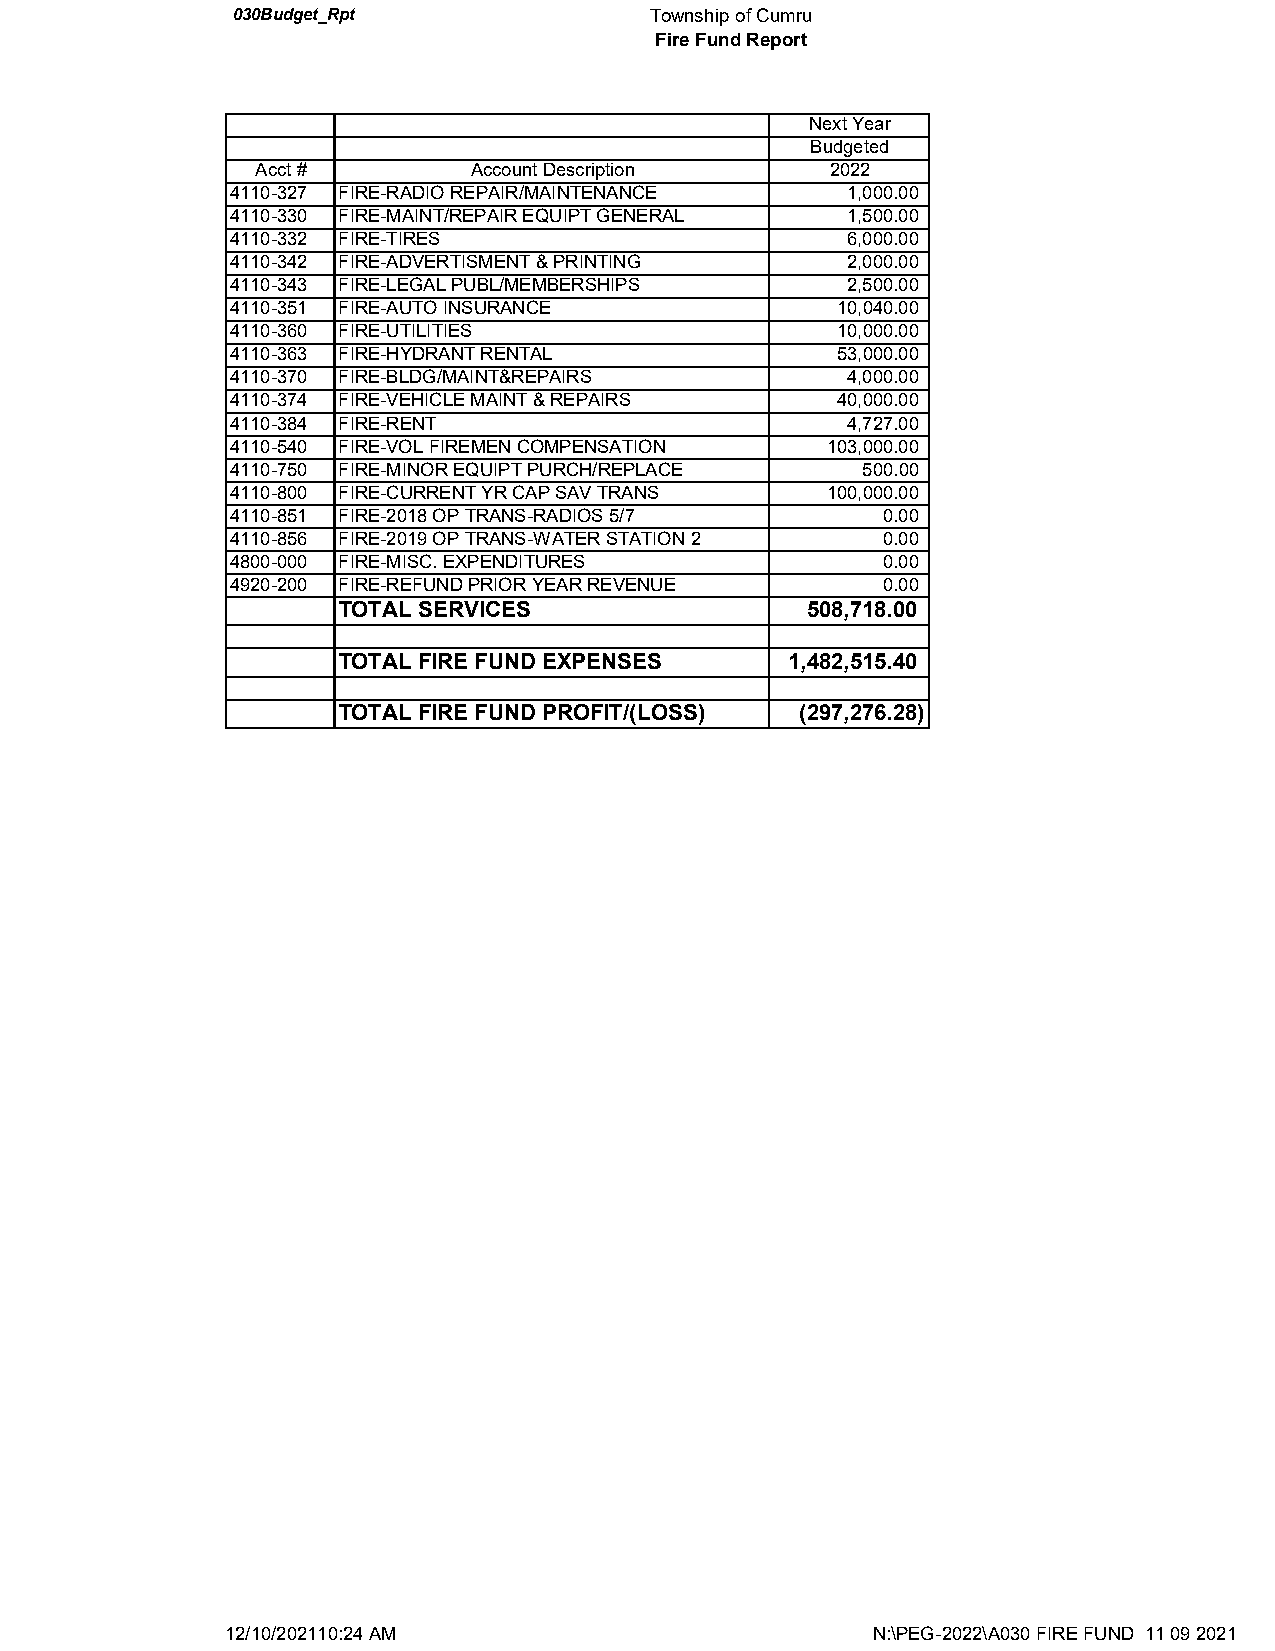
030Budget_Rpt               Township of Cumru
 Fire Fund Report
 Next Year
 Budgeted
 Acct #        Account Description     2022
 4110-327 FIRE-RADIO REPAIR/MAINTENANCE   1,000.00
 4110-330 FIRE-MAINT/REPAIR EQUIPT GENERAL 1,500.00
 4110-332 FIRE-TIRES                      6,000.00
 4110-342 FIRE-ADVERTISMENT & PRINTING    2,000.00
 4110-343 FIRE-LEGAL PUBL/MEMBERSHIPS     2,500.00
 4110-351 FIRE-AUTO INSURANCE            10,040.00
 4110-360 FIRE-UTILITIES                 10,000.00
 4110-363 FIRE-HYDRANT RENTAL            53,000.00
 4110-370 FIRE-BLDG/MAINT&REPAIRS         4,000.00
 4110-374 FIRE-VEHICLE MAINT & REPAIRS   40,000.00
 4110-384 FIRE-RENT                       4,727.00
 4110-540 FIRE-VOL FIREMEN COMPENSATION  103,000.00
 4110-750 FIRE-MINOR EQUIPT PURCH/REPLACE  500.00
 4110-800 FIRE-CURRENT YR CAP SAV TRANS  100,000.00
 4110-851 FIRE-2018 OP TRANS-RADIOS 5/7     0.00
 4110-856 FIRE-2019 OP TRANS-WATER STATION 2 0.00
 4800-000 FIRE-MISC. EXPENDITURES           0.00
 4920-200 FIRE-REFUND PRIOR YEAR REVENUE    0.00
 TOTAL SERVICES                 508,718.00
 TOTAL FIRE FUND EXPENSES      1,482,515.40
 TOTAL FIRE FUND PROFIT/(LOSS)  (297,276.28)
 12/10/202110:24 AM                         N:\PEG-2022\A030 FIRE FUND 11 09 2021